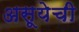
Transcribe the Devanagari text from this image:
असूयेची